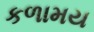
કળામય